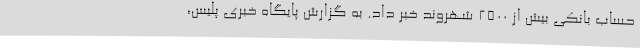
حساب بانکی بیش از ۲۵۰۰ شهروند خبر داد. به گزارش پایگاه خبری پلیس،